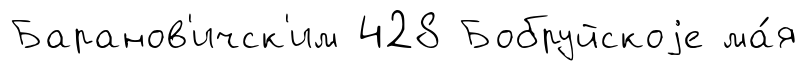
Баранов'ичск'им 428 Бобруйскоjе ма́я